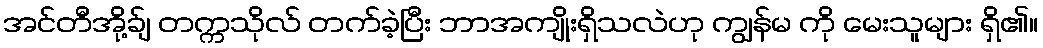
အင်တီအို့ခ်ျ တက္ကသိုလ် တက်ခဲ့ပြီး ဘာအကျိုးရှိသလဲဟု ကျွန်မ ကို မေးသူများ ရှိ၏။